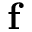
\mathbf { f }